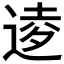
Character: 𫐫